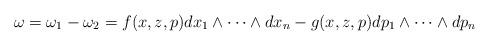
LaTeX: \begin{gather*}\omega = \omega_1-\omega_2 =f(x,z,p)dx_1\wedge \cdots \wedge dx_n -g(x,z,p)dp_1\wedge \cdots \wedge dp_n\end{gather*}